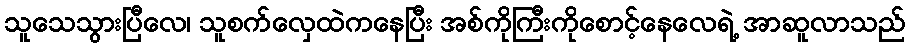
သူသေသွားပြီလေ၊ သူစက်လှေထဲကနေပြီး အစ်ကိုကြီးကိုစောင့်နေလေရဲ့ အာဆူလာသည်